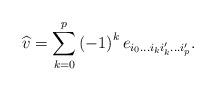
LaTeX: \begin{align*}\widehat{v}=\sum_{k=0}^{p}\left( -1\right) ^{k}e_{i_{0}...i_{k}i_{k}^{\prime}...i_{p}^{\prime }}. \end{align*}